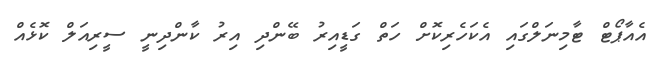
އެއާޕޯޓް ޓާމިނަލްގައި އެކަހެރިކޮށް ހަތް ގަޑީއިރު ބޭންދި އިރު ކާންދިނީ ސީރިއަލް ކޮޅެއް